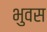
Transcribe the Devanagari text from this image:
भुवस